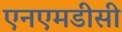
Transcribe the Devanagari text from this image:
एनएमडीसी